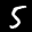
Label: 5